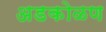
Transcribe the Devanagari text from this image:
अडकोळण